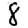
Digit: 8